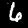
Label: 6